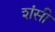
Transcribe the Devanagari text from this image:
शंसी